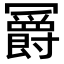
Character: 𫤼